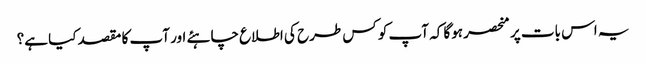
یہ اس بات پر منحصر ہوگا کہ آپ کو کس طرح کی اطلاع چاہئے اور آپ کا مقصد کیا ہے؟